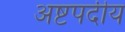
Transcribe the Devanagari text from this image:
अष्टपदीय